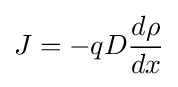
J=-qD{\frac {d\rho }{dx}}